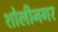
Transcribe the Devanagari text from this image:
शोलीनगर